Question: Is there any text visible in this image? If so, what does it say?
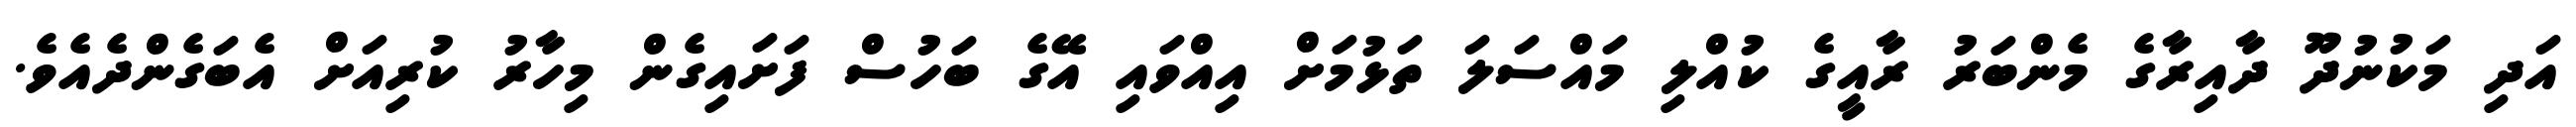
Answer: އަދި މަކުނުދޫ ދާއިރާގެ މެންބަރު ރާއީގެ ކުއްލި މައްސަލަ ތަޅުމަށް އިއްވައި އޭގެ ބަހުސް ފަށައިގެން މިހާރު ކުރިއަށް އެބަގެންދެއެވެ.